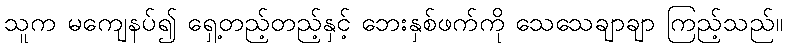
သူက မကျေနပ်၍ ရှေ့တည့်တည့်နှင့် ဘေးနှစ်ဖက်ကို သေသေချာချာ ကြည့်သည်။